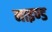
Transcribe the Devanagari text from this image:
माइण्ड